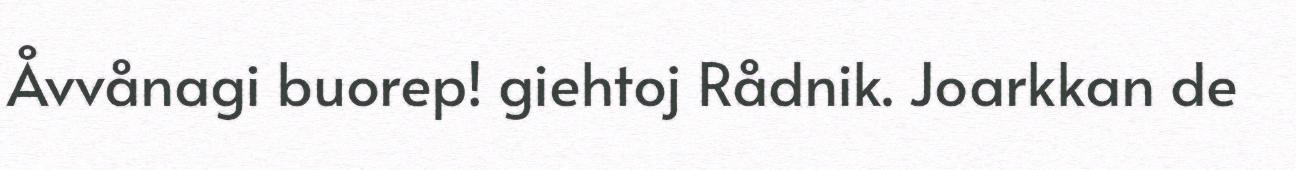
Åvvånagi buorep! giehtoj Rådnik. Joarkkan de